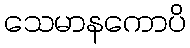
သေမာနကောပိ